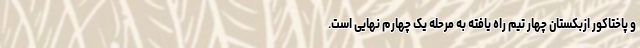
و پاختاکور ازبکستان چهار تیم راه یافته به مرحله یک چهارم نهایی است.